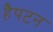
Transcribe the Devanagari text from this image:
हैपटन